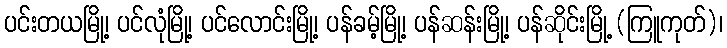
ပင်းတယမြို့၊ ပင်လုံမြို့၊ ပင်လောင်းမြို့၊ ပန်ခမ့်မြို့၊ ပန်ဆန်းမြို့၊ ပန်ဆိုင်းမြို့ (ကြူကုတ်)၊